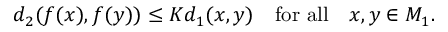
d _ { 2 } ( f ( x ) , f ( y ) ) \leq K d _ { 1 } ( x , y ) \quad { \mathrm { f o r ~ a l l } } \quad x , y \in M _ { 1 } .